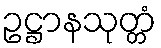
ဥဋ္ဌာနသုတ္တံ